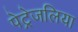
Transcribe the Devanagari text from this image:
पेट्रेजलिया